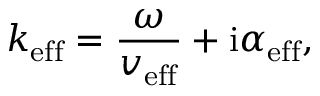
k _ { \mathrm { e f f } } = \frac { \omega } { v _ { \mathrm { e f f } } } + \mathrm { i } \alpha _ { \mathrm { e f f } } ,